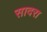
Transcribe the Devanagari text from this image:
सादरा